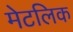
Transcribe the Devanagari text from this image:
मेटलिक